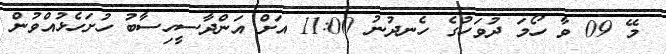
މޭ 09 ވާ ހޯމަ ދުވަހުގެ ހެނދުނު 11:00 އަށް އަންދާސީހިސާބު ހުށަހެޅުއްވުން